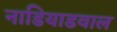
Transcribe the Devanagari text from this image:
नाडियाडवाल